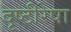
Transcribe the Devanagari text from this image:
दृष्टीरेषा